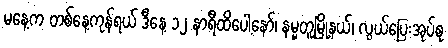
မနေ့က တစ်နေ့ကုန်ရယ် ဒီနေ့ ၁၂ နာရီထိပေါ့နော်၊ နမ္မတူမြို့နယ်၊ လွယ်ပြေးအုပ်စု